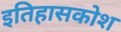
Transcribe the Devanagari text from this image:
इतिहासकोश